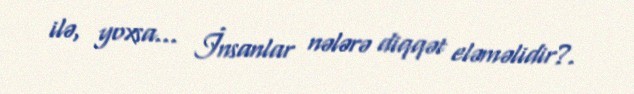
ilə, yoxsa... İnsanlar nələrə diqqət eləməlidir?.